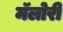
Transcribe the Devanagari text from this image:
मॅलोरी